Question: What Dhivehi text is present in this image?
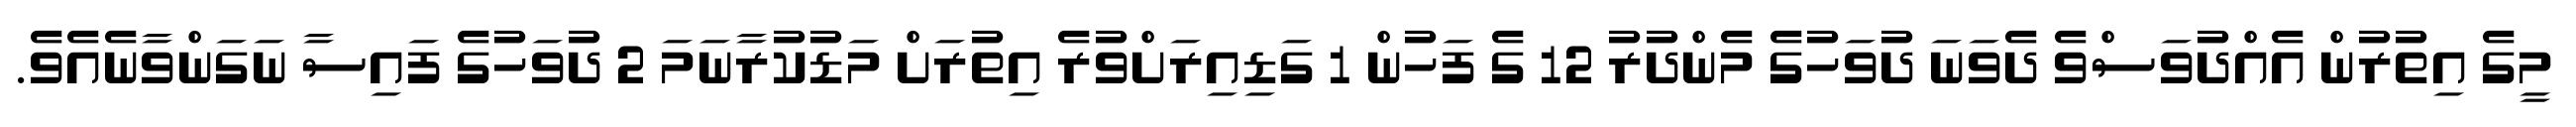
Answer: މީގެ އިތުރުން އެއްދުވަސްވެ ދެވަނަ ދުވަހުގެ މެންދުރު 12 ގެ ފަހުން 1 ގަޑިއިރަށްވުރެ އިތުރަށް މަޑުކުރާނަމަ 2 ދުވަހުގެ ފައިސާ ނަގަންވާނެއެވެ.